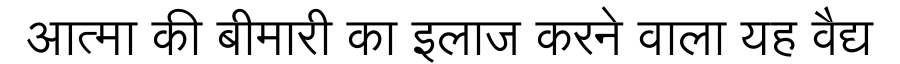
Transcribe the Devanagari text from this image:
आत्मा की बीमारी का इलाज करने वाला यह वैद्य